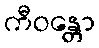
ကီဝန္တော